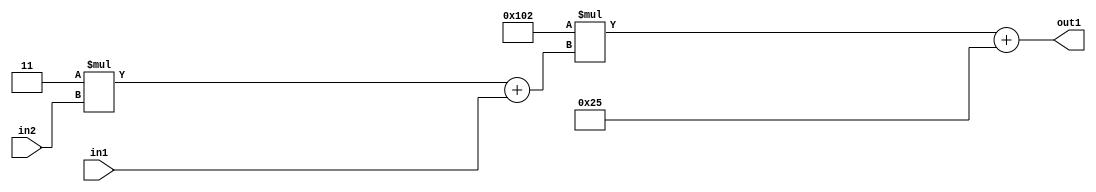
`timescale 1ps / 1ps
/*****************************************************************************
    Verilog RTL Description
    
    
    Created by: Stratus DpOpt 2019.1.01 
*******************************************************************************/

module DC_Filter_Add2i37Mul2i258Add2u1Mul2i3u2_1 (
	in2,
	in1,
	out1
	); /* architecture "behavioural" */ 
input [1:0] in2;
input  in1;
output [11:0] out1;
wire [11:0] asc001;
wire [3:0] asc002;

wire [3:0] asc002_tmp_0;
assign asc002_tmp_0 = 
	+(4'B0011 * in2);
assign asc002 = asc002_tmp_0
	+(in1);

wire [11:0] asc001_tmp_1;
assign asc001_tmp_1 = 
	+(12'B000100000010 * asc002);
assign asc001 = asc001_tmp_1
	+(12'B000000100101);

assign out1 = asc001;
endmodule

/* CADENCE  v7byTA4= : u9/ySgnWtBlWxVPRXgAZ4Og= ** DO NOT EDIT THIS LINE ******/